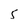
Character: 5